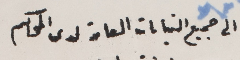
الى جميع النيابات العامة لدى المحاكم